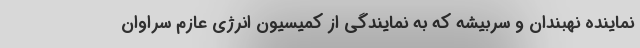
نماینده نهبندان و سربیشه که به نمایندگی از کمیسیون انرژی عازم سراوان